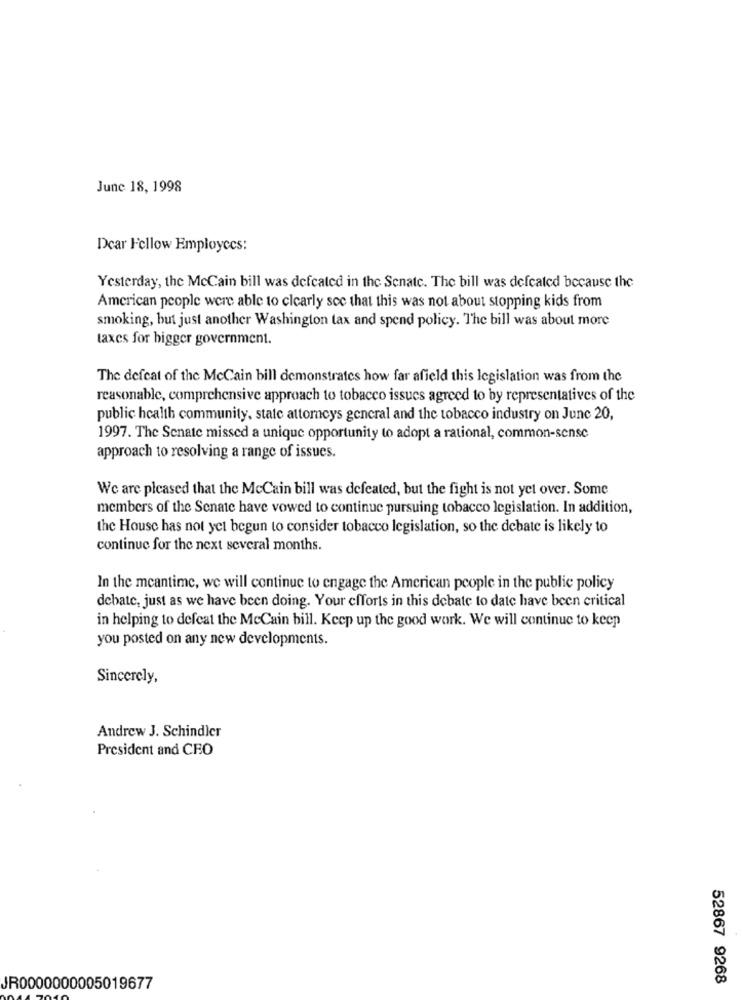
June 18, 1998
Dear Fellow Employees:
Yesterday, the MeCain bill was defeated in the Senate. The bill was defeated because the
American people were able to clearly see that this was not about stopping kids from
smoking, but just another Washington tax and spend policy. The bill was about more
taxes for bigger government.
The defeat of the McCain bill demonstrates how far afield this legislation was from the
reasonable, comprehensive approach to tobacco issues agreed to by representatives of the
public health community, state attorneys general and the tobacco industry on June 20,
1997. The Senate missed a unique opportunity to adopt a rational, common-sense
approach to resolving a range of issues.
We are pleased that the McCain bill was defeated, but the fight is not yet over. Some
members of the Senate have vowed to continue pursuing tobacco legislation. In addition,
the House has not yet begun to consider tobacco legislation, so the debate is likely to
continue for the next several months.
In the meantime, we will continue to engage the American people in the public policy
debate, just as we have been doing. Your efforts in this debate to date have been critical
in helping to defeat the MeCain bill. Keep up the good work. We will continue to keep
you posted on any new developments.
Sincerely,
Andrew J. Schindler
President and CEO
52867 9268
JR0000000005019677